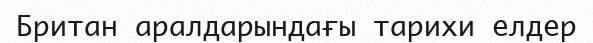
Британ аралдарындағы тарихи елдер